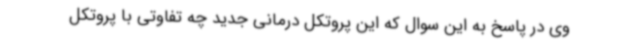
وی در پاسخ به این سوال که این پروتکل درمانی جدید چه تفاوتی با پروتکل